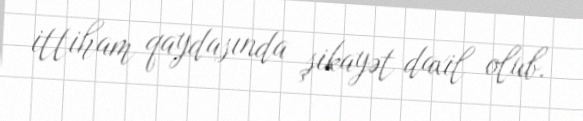
ittiham qaydasında şikayət daxil olub.